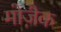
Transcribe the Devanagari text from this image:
मोजै़क